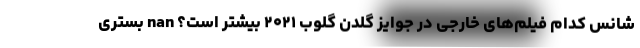
شانس کدام فیلم‌های خارجی در جوایز گلدن گلوب ۲۰۲۱ بیشتر است؟ nan بستری